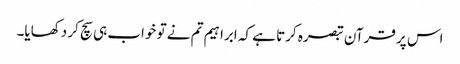
اس پر قرآن تبصرہ کرتا ہے کہ ابراہیم تم نے تو خواب ہی سچ کر دکھایا۔